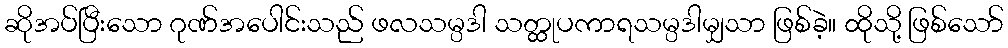
ဆိုအပ်ပြီးသော ဂုဏ်အပေါင်းသည် ဖလသမ္ပဒါ သတ္ထုပကာရသမ္ပဒါမျှသာ ဖြစ်ခဲ့။ ထိုသို့ ဖြစ်သော်